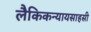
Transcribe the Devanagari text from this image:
लैकिकन्यायसाहसी